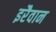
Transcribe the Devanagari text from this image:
इरैवान